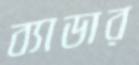
ব্যাডার